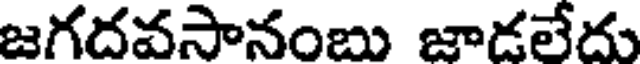
జగదవసానంబు జాడలేదు